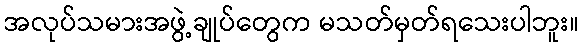
အလုပ်သမားအဖွဲ့ချုပ်တွေက မသတ်မှတ်ရသေးပါဘူး။